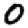
Digit: 0